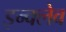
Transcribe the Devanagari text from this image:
इन्क्लेव